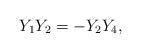
LaTeX: \begin{align*}Y_1 Y_2= -Y_2 Y_4,\end{align*}